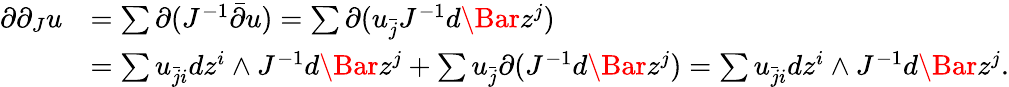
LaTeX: \begin{array}{rl}{\partial\partial_{J}u}&{=\sum\partial(J^{-1}\bar{\partial}u)=\sum\partial(u_{\bar{j}}J^{-1}d\Bar{z}^{j})}\\ &{=\sum u_{\bar{j}i}dz^{i}\wedge J^{-1}d\Bar{z}^{j}+\sum u_{\bar{j}}\partial(J^{-1}d\Bar{z}^{j})=\sum u_{\bar{j}i}dz^{i}\wedge J^{-1}d\Bar{z}^{j}.}\end{array}